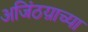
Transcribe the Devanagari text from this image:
अजिंठय़ाच्या